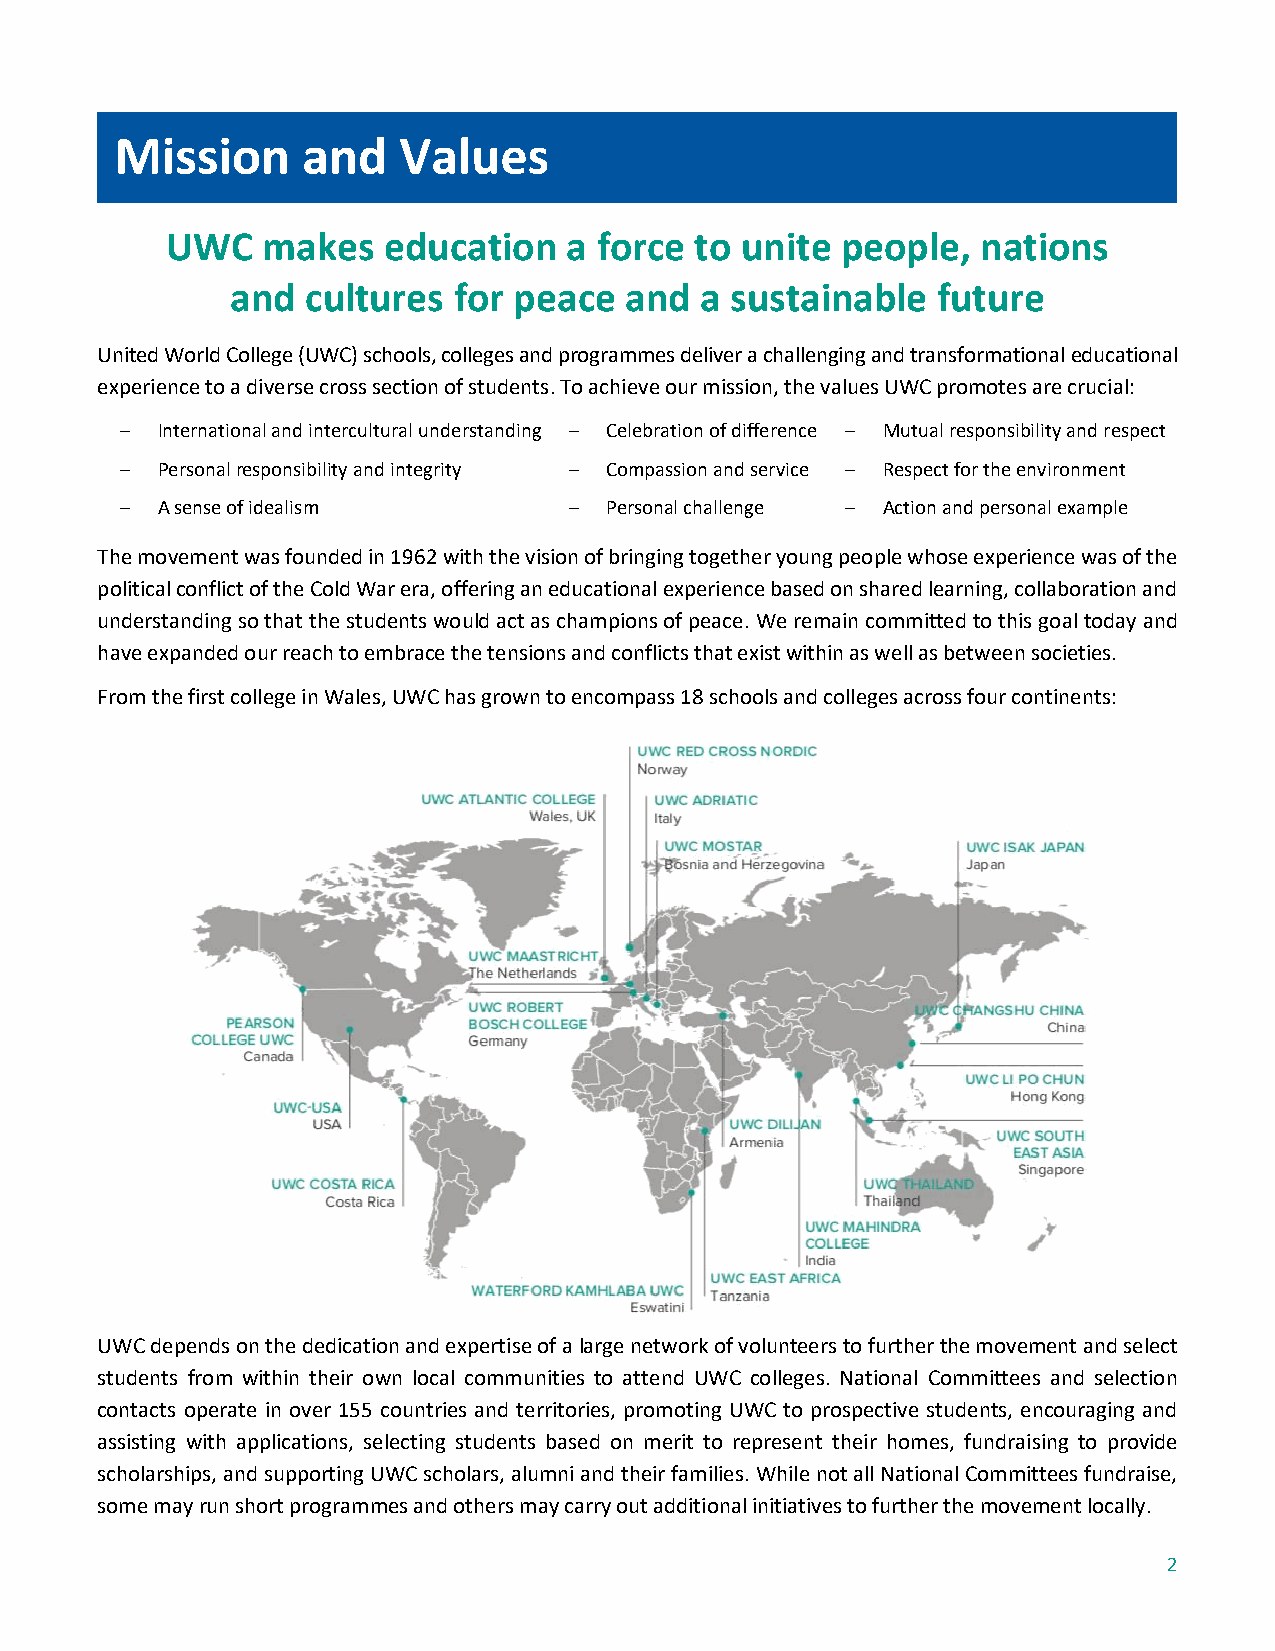
Mission     and   Values
 UWC   makes   education    a force to unite  people,  nations
 and  cultures  for peace  and  a sustainable   future
 United World College (UWC) schools, colleges and programmes deliver a challenging and transformational educational
 experience to a diverse cross section of students. To achieve our mission, the values UWC promotes are crucial:
 – International and intercultural understanding – Celebration of difference – Mutual responsibility and respect
 – Personal responsibility and integrity – Compassion and service – Respect for the environment
 – A sense of idealism         – Personal challenge – Action and personal example
 The movement was founded in 1962 with the vision of bringing together young people whose experience was of the
 political conflict of the Cold War era, offering an educational experience based on shared learning, collaboration and
 understanding so that the students would act as champions of peace. We remain committed to this goal today and
 have expanded our reach to embrace the tensions and conflicts that exist within as well as between societies.
 From the first college in Wales, UWC has grown to encompass 18 schools and colleges across four continents:
 UWC depends on the dedication and expertise of a large network of volunteers to further the movement and select
 students from within their own local communities to attend UWC colleges. National Committees and selection
 contacts operate in over 155 countries and territories, promoting UWC to prospective students, encouraging and
 assisting with applications, selecting students based on merit to represent their homes, fundraising to provide
 scholarships, and supporting UWC scholars, alumni and their families. While not all National Committees fundraise,
 some may run short programmes and others may carry out additional initiatives to further the movement locally.
 2